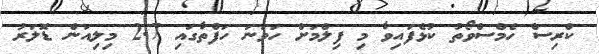
ކްރިސް ހެމްސްވޯތު ކުޅެފައިވާ މި ފިލްމަށް ހަވަނަ ހަފްތާގައި 2.7 މިލިއަން ޑޮލަރު